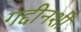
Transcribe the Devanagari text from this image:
गद्दीनशीं